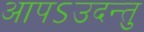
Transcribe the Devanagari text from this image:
आपऽउदन्तु